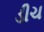
ડીચ